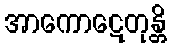
အာကောဋေတုန္တိ